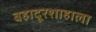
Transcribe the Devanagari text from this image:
बहादूरशाहाला